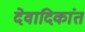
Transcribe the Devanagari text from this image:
देवादिकांत